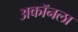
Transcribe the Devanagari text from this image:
अकॉनला